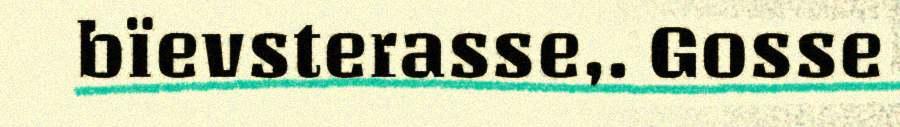
bïevsterasse,. Gosse